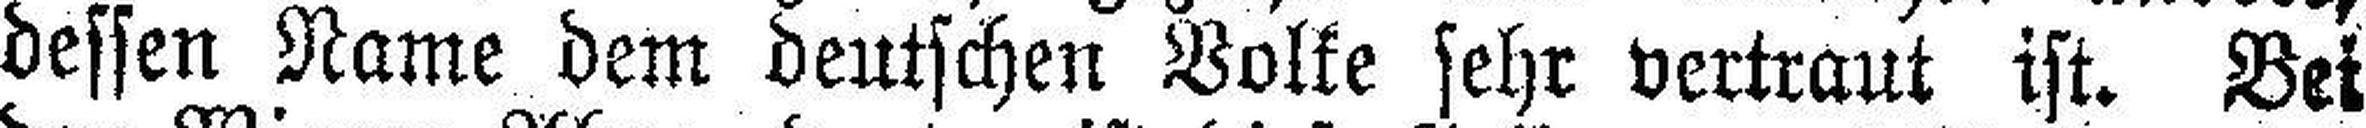
dessen Name dem deutschen Volke sehr vertraut ist. Bei